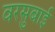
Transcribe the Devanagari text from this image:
वरसुबाई